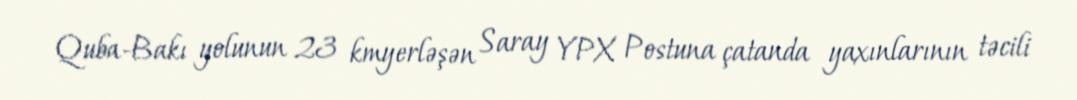
Quba-Bakı yolunun 23 kmyerləşən Saray YPX Postuna çatanda yaxınlarının təcili